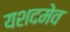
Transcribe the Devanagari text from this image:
यशदमेव